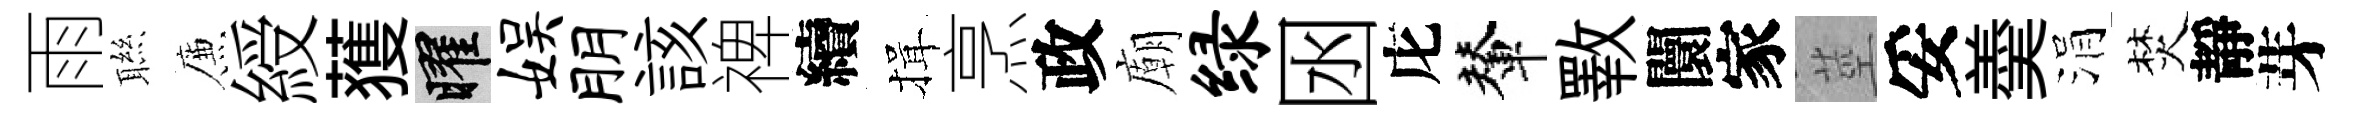
雨聮簾綬𫉬曜娱朋該禆續揖烹政廟绿囦庀輦斁闤家莖妥羮涓焚靜芽